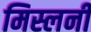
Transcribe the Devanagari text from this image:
मिस्लनी